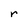
Character: r